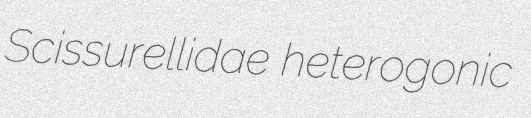
Scissurellidae heterogonic